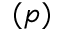
( p )